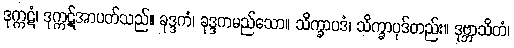
ဒုက္ကဋံ၊ ဒုက္ကဋ်အာပတ်သည်။ ခုဒ္ဒကံ၊ ခုဒ္ဒကမည်သော။ သိက္ခာပဒံ၊ သိက္ခာပုဒ်တည်း။ ဒုဗ္ဘာသိတံ၊